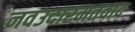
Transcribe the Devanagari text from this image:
नवउदारमतवाद